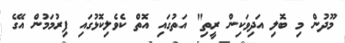
މޫދުން މި ބޮލި އަދިވަކިން ރީތި" އަތުގައި އޮތް ކެވެލިކޮޅުގައި ފިރުމަމުން އޭގެ